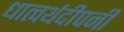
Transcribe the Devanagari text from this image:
धात्वर्थदीपनी